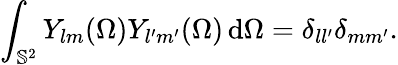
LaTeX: \int_{\mathbb{S}^{2}}Y_{lm}(\Omega)Y_{l^{\prime}m^{\prime}}(\Omega)\, \mathrm{d}\Omega=\delta_{ll^{\prime}}\delta_{mm^{\prime}}.